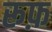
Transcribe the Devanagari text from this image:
रूफ़